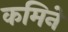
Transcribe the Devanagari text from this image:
कमिने